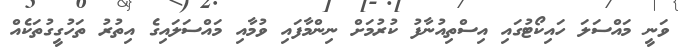
ވަނީ މައްސަލަ ހައިކޯޓުގައި އިސްތިއުނާފު ކުރުމަށް ނިންމާފައި ވުމާއި މައްސަލައިގެ އިތުރު ތަހުގީގުތަކެއް